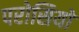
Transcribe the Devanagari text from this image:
परोसियों